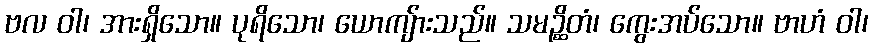
ဗလ ဝါ၊ အားရှိသော။ ပုရိသော၊ ယောကျ်ားသည်။ သမဉ္ဆိတံ၊ ကွေးအပ်သော။ ဗာဟံ ဝါ၊